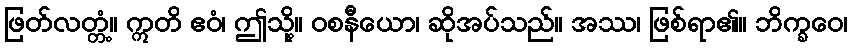
ဖြတ်လတ္တံ့။ ဣတိ ဧဝံ၊ ဤသို့။ ဝစနီယော၊ ဆိုအပ်သည်။ အဿ၊ ဖြစ်ရာ၏။ ဘိက္ခဝေ၊